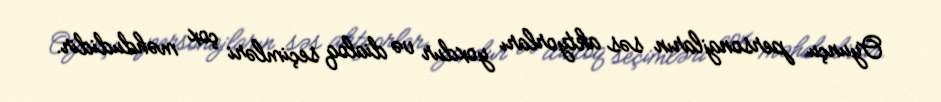
Oyunçu personajların səs aktyorları yoxdur və dialoq seçimləri çox məhdudidir.